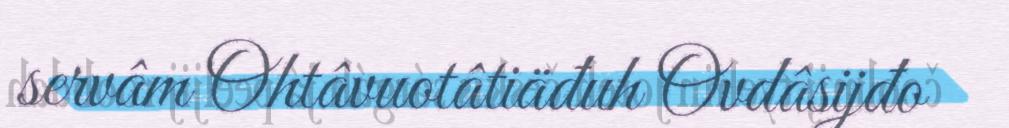
servâm Ohtâvuotâtiäđuh Ovdâsijđo